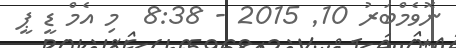
ނޮވެމްބަރު 10